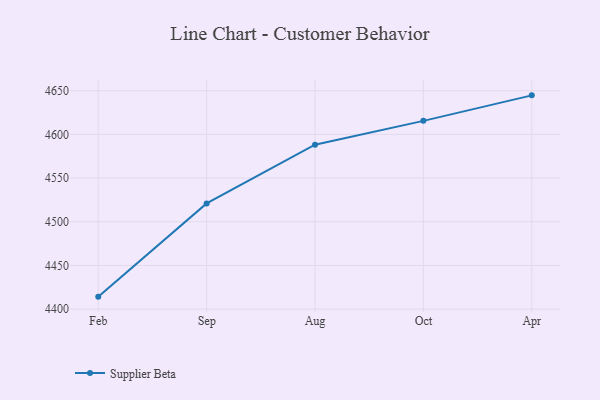
{"axis": {"x": "Month", "y": "Energy Usage (MWh)"}, "legend": ["Supplier Beta"], "data": [{"x": "Feb", "y": 4414.3, "type": "Supplier Beta"}, {"x": "Sep", "y": 4521.0, "type": "Supplier Beta"}, {"x": "Aug", "y": 4588.2, "type": "Supplier Beta"}, {"x": "Oct", "y": 4615.5, "type": "Supplier Beta"}, {"x": "Apr", "y": 4644.7, "type": "Supplier Beta"}]}